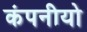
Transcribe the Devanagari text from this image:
कंपनीयो